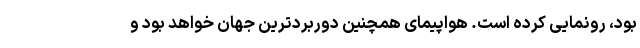
بود، رونمایی کرده است. هواپیمای همچنین دوربردترین جهان خواهد بود و